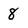
Character: 8